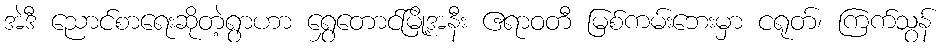
အဲဒီ ညောင်စာရေးဆိုတဲ့ရွာဟာ ရွှေတောင်မြို့အနီး ဧရာဝတီ မြစ်ကမ်းဘေးမှာ ငရုတ်၊ ကြက်သွန်